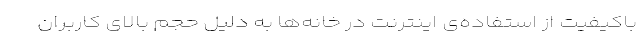
باکیفیت از استفاده‌ی اینترنت در خانه‌ها به دلیل حجم بالای کاربران